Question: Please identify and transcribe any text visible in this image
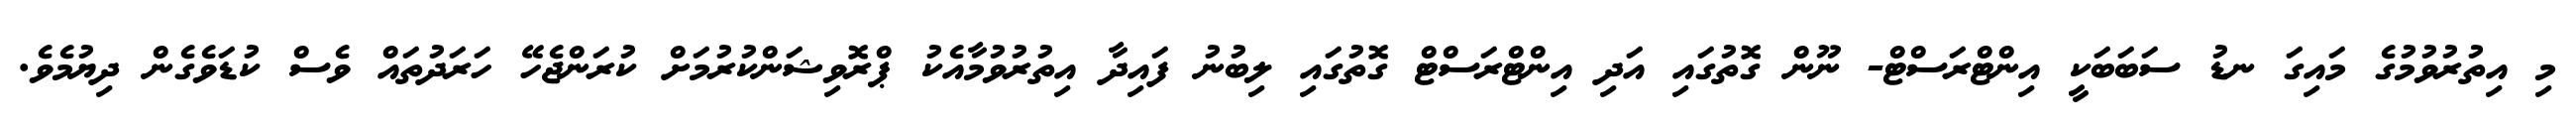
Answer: މި އިތުރުވުމުގެ މައިގަ ނޑު ސަބަބަކީ އިންޓްރަސްޓް- ނޫން ގޮތުގައި އަދި އިންޓްރަސްޓް ގޮތުގައި ލިބުނު ފައިދާ އިތުރުވުމާއެކު ޕްރޮވިޝަންކުރުމަށް ކުރަންޖެހޭ ހަރަދުތައް ވެސް ކުޑަވެގެން ދިޔުމެވެ.